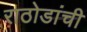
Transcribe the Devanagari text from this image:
राठोडांची